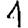
Digit: 1